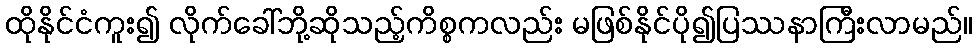
ထိုနိုင်ငံကူး၍ လိုက်ခေါ်ဘို့ဆိုသည့်ကိစ္စကလည်း မဖြစ်နိုင်ပို၍ပြဿနာကြီးလာမည်။